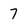
Character: 7